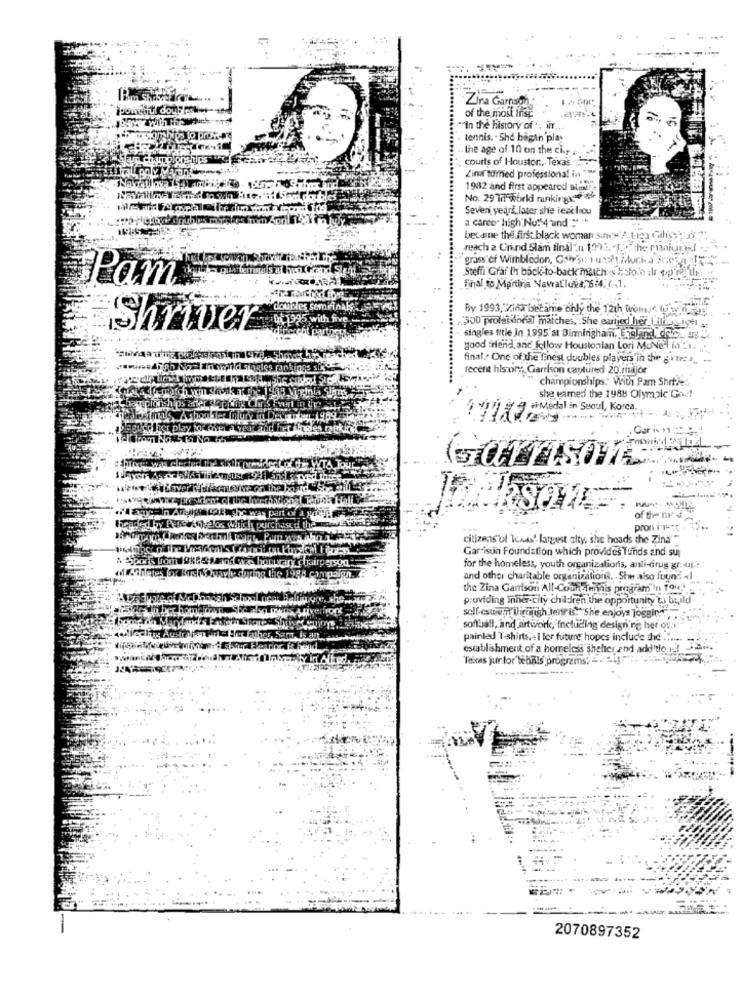
Zina Garnsoh .
powerful doul? poli-
of the most ing
""in the history of ", Mit ...
tennis. . She begin play
. the age of 10 on the cir :
courts of Houston, Texas
Zin turned professional in"
1982 and first appeared al22
No. 29 in world runkings. 6
Seven yeari later she ieachcu
---
a career high" No: 4"und"=" .
became the first black woman sind"'A tag Gihis : 3
reach a Crind Slam final n 1975. 1; che ruiumed .
grass of Wimbledon, Cohr's:'1 ust, Murka Fre HE
Steffi Graf Ih back-to back matches Solote ilr $
Pam
final to Martina Navralloka,6:4, 6,1.
By 1993, Kina betame chly the 12th wvomse ty win
Shriver
"300 prolassona] matches. . She earted her | ili selgel
singles title in 1995'at Birmingham, England, de
good friend, and follow Houstonian Lori MoNe- in is
final .. One of the finest doubles players'in the gyur > ...
recent history, Garrison captured 20'major
championships: With Pam Shrtie
she warned the 1988 Olympic Ghu !!
Medal in Seoul, Korea.
Car is 11 :
GOTTISOME
Jakson
of the
pron i-rett -
citizens'of kwas largest city, she heads the Zina"
Gar isun Foundation which provides funds and su
for the homeless, youth organizations, anti-cirug gr- 4If .:
and other charitable organizations. . She also found <
the Zina Garrison All-Court Tennis program'n 1944'
providing inner-city children the opportunity to build
self-esteem Through lenir is."She enjoys joggin"",
softball, and artwork, Including designing her ov ...
painlad T-shirts.+ I ler future hopes include the ......
establishment of a homeless shelter and add"tfo ie!
Texas jur for webals programs;
2070897352